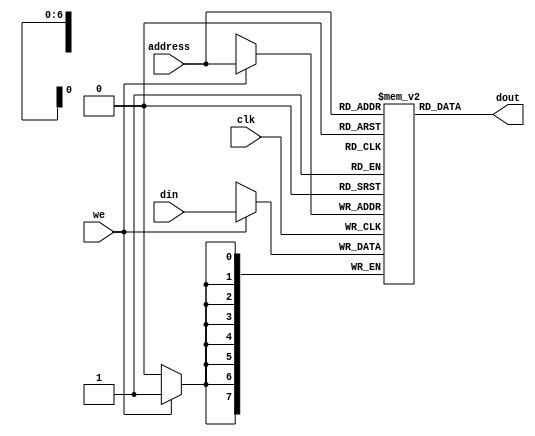
/* ***********************************************************************
  The Free IP Project
  Free-RISC8 -- Verilog 8-bit Microcontroller
  (c) 1999, The Free IP Project and Thomas Coonan


  FREE IP GENERAL PUBLIC LICENSE
  TERMS AND CONDITIONS FOR USE, COPYING, DISTRIBUTION, AND MODIFICATION

  1.  You may copy and distribute verbatim copies of this core, as long
      as this file, and the other associated files, remain intact and
      unmodified.  Modifications are outlined below.  
  2.  You may use this core in any way, be it academic, commercial, or
      military.  Modified or not.  
  3.  Distribution of this core must be free of charge.  Charging is
      allowed only for value added services.  Value added services
      would include copying fees, modifications, customizations, and
      inclusion in other products.
  4.  If a modified source code is distributed, the original unmodified
      source code must also be included (or a link to the Free IP web
      site).  In the modified source code there must be clear
      identification of the modified version.
  5.  Visit the Free IP web site for additional information.
      http://www.free-ip.com

*********************************************************************** */

// picdram stands for PIC "Data" RAM.
//
//
// Synchronous Data RAM, 8 bits wide, N words deep.
//
// ** Must support SYNCHRONOUS WRITEs and ASYNCHRONOUS READs **
//    This is so that we can do a Read/Modify/Write in one cycle which
//    is required to do something like this:
//
//       incf 0x20, f   // M[20] <= M[20] + 1
//       incf 0x22, f   // M[22] <= M[22] + 1
//       incf 0x18, f   // M[18] <= M[18] + 1
//
// Replace with your actual memory model..
//
module dram (
   clk,
   address,
   we,
   din,
   dout
);

input		clk;
input [6:0]	address;
input		we;
input [7:0]	din;
output [7:0]	dout;

// Number of data memory words.  This is somewhat tricky, since remember
// that lowest registers (e.g. special registers) are not really in this
// data memory at all, but are explicit registers at the top-level.  Also,
// the banking scheme has some of the other registers in each bank being
// mapped to the same physical registers.  The bottom line is that for
// the 16C57, you at most need to set this to 72.  Note we are reserving
// the last 2 words for our little "expansion circuit" so we really want
// only 70.
//

parameter word_depth = 70; // Maximum minus 2 words for expansion circuit demo
//parameter word_depth = 24;  // This would be like a 16C54 

// reg [6:0]	address_latched; <--- NO!  We need ASYNCHRONOUS READs

// Instantiate the memory array itself.
reg [7:0]	mem[0:word_depth-1];

// Latch address <--- NO! 
//always @(posedge clk)
//   address_latched <= address;
   
// READ
//assign dout = mem[address_latched];

// ASYNCHRONOUS READ
assign dout = mem[address];

// SYNCHRONOUS WRITE
always @(posedge clk)
   if (we) mem[address] <= din;

endmodule